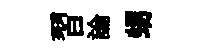
習論甥